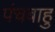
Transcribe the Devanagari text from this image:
पंचबाहु